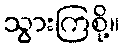
သွားကြစို့။